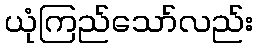
ယုံကြည်သော်လည်း